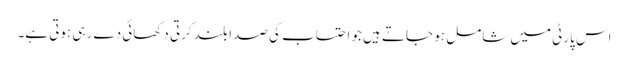
اس پارٹی میں شامل ہو جاتے ہیں جو احتساب کی صدا بلند کرتی دکھائی دے رہی ہوتی ہے۔